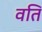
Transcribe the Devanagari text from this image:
वति